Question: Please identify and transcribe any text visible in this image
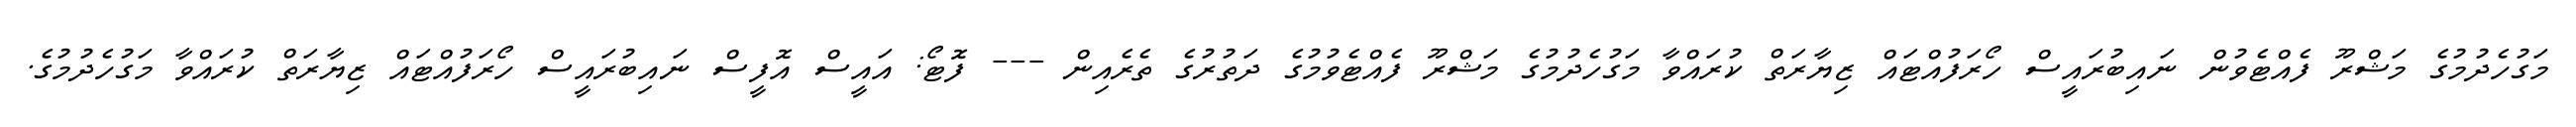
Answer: މަގުހެދުމުގެ މަޝްރޫ ފެއްޓެވުން ނައިބުރައީސް ހޯރަފުއްޓައް ޒިޔާރަތް ކުރައްވާ މަގުހެދުމުގެ މަޝްރޫ ފެއްޓެވުމުގެ ދަތުރުގެ ތެރެއިން --- ފޮޓޯ: އައީސް އޮފީސް ނައިބުރައީސް ހޯރަފުއްޓައް ޒިޔާރަތް ކުރައްވާ މަގުހެދުމުގެ.